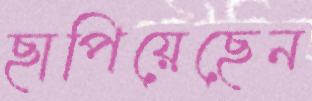
ছাপিয়েছেন